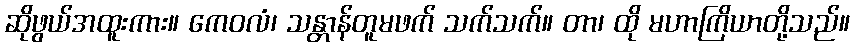
ဆိုဖွယ်အထူးကား။ ကေဝလံ၊ သန္တာန်တူမဖက် သက်သက်။ တာ၊ ထို မဟာကြိယာတို့သည်။